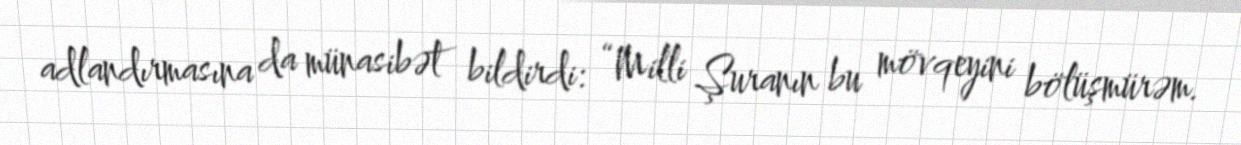
adlandırmasına da münasibət bildirdi: “Milli Şuranın bu mövqeyini bölüşmürəm.